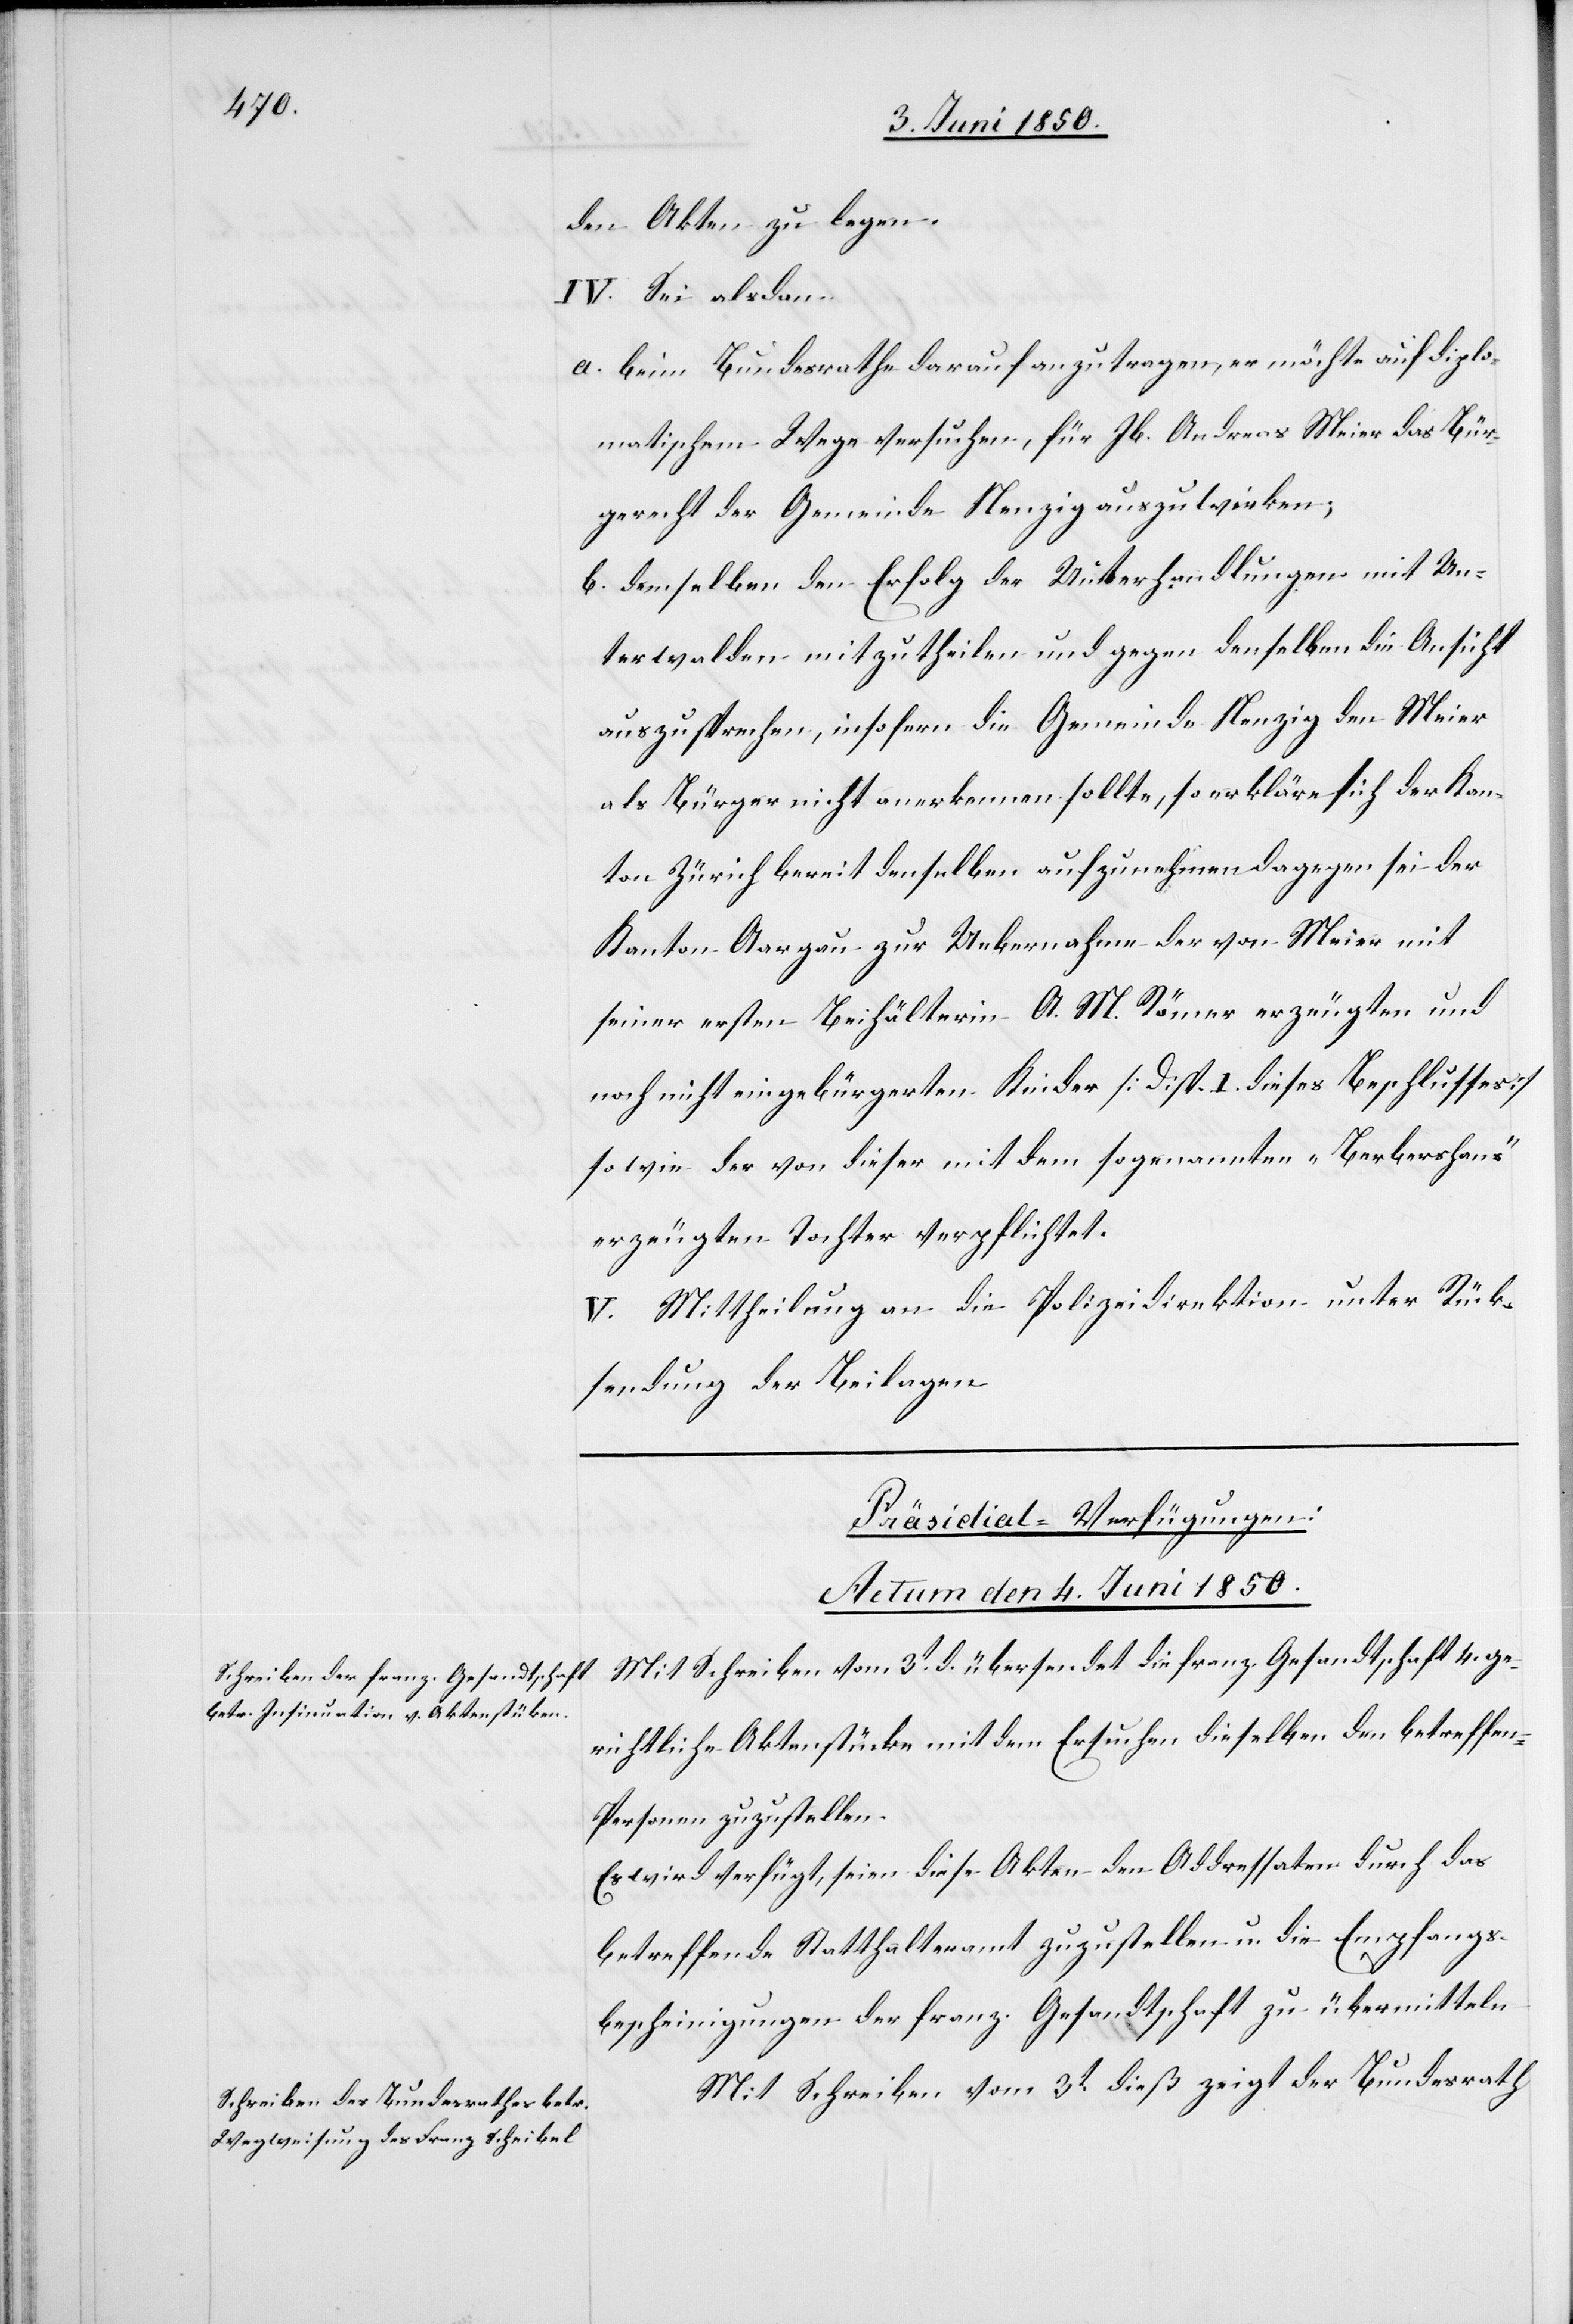
den Akten zu legen.
IV. Sei alsdan
a. beim Bundesrathe darauf anzutragen, er möchte auf diplo¬
matischem Wege versuchen, für Jb. Andreas Meier das Bür¬
gerecht der Gemeinde Nenzig auszuwirken;
b. demselben den Erfolg der Unterhandlungen mit Un¬
terwalden mitzutheilen und gegen denselben die Ansicht
auszusprechen, insofern die Gemeinde Nenzig den Meier
als Bürger nicht anerkennen sollte, so erkläre sich der Kan¬
ton Zürich bereit denselben aufzunehmen[,] dagegen sei der
Kanton Aargau zur Uebernahme der von Meier mit
seiner ersten Beihälterin A. M. Römer erzeugten und
noch nicht eingebürgerten Kinder [Disp. I. dieses Beschlusses]
sowie der von dieser mit dem sogenannten „Berbershans“
erzeugten Tochter verpflichtet.
V. Mittheilung an die Polizeidirektion unter Rück¬
sendung der Beilagen.
[Präsidial-Verfügungen:
Actum den 4. Juni 1850.]
Mit Schreiben vom 3t d. übersendet die franz. Gesandtschaft 4. ge¬
richtliche Aktenstücke mit dem Ersuchen dieselben den betreffen[de¬
n] Personen zuzustellen.
Es wird verfügt, seien diese Akten den Addressaten durch das
betreffende Statthalteramt zuzustellen u. die Empfangs¬
bescheinigungen der franz. Gesandtschaft zu übermitteln.
Mit Schreiben vom 3t dieß zeigt der Bundesrath